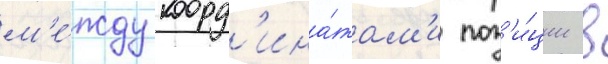
м'е́жду коорд'ина́там'и поз'и́ции в